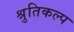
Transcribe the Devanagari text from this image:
श्रुतिकल्प